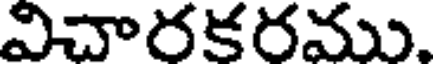
విచారకరము.